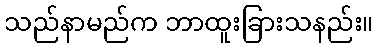
သည်နာမည်က ဘာထူးခြားသနည်း။